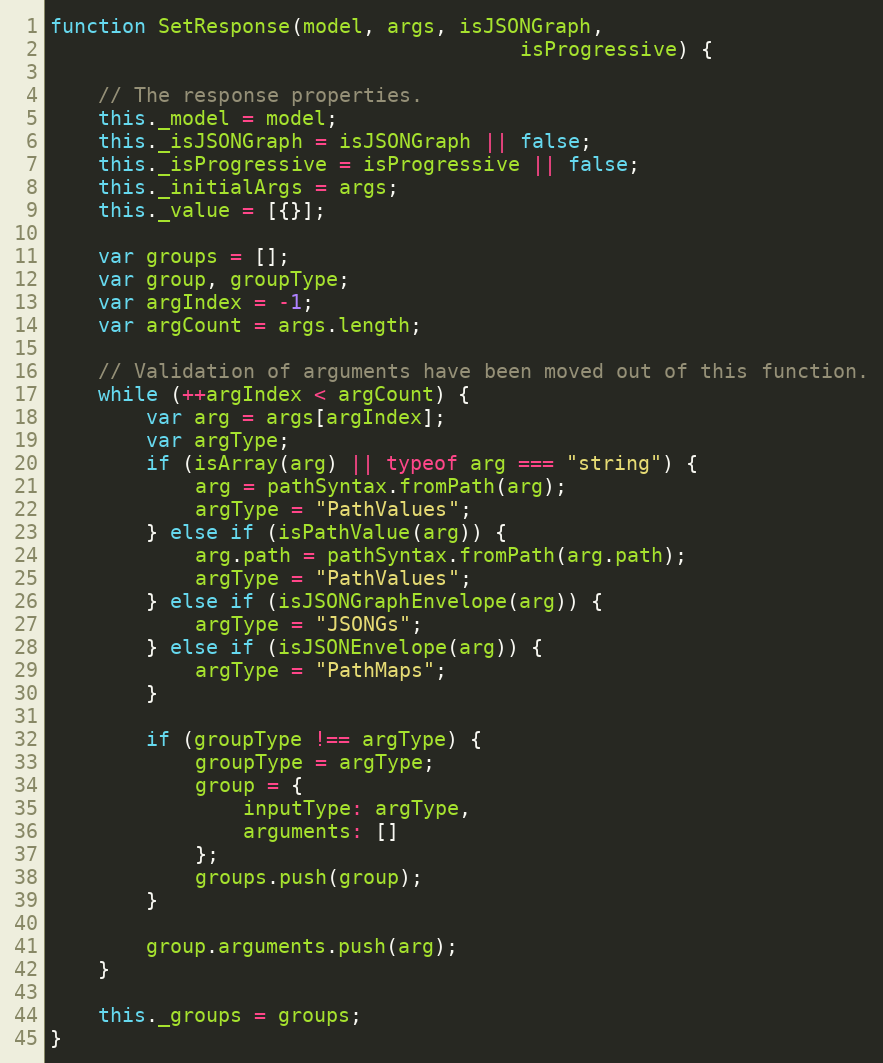
Language: JavaScript
function SetResponse(model, args, isJSONGraph,
                                       isProgressive) {

    // The response properties.
    this._model = model;
    this._isJSONGraph = isJSONGraph || false;
    this._isProgressive = isProgressive || false;
    this._initialArgs = args;
    this._value = [{}];

    var groups = [];
    var group, groupType;
    var argIndex = -1;
    var argCount = args.length;

    // Validation of arguments have been moved out of this function.
    while (++argIndex < argCount) {
        var arg = args[argIndex];
        var argType;
        if (isArray(arg) || typeof arg === "string") {
            arg = pathSyntax.fromPath(arg);
            argType = "PathValues";
        } else if (isPathValue(arg)) {
            arg.path = pathSyntax.fromPath(arg.path);
            argType = "PathValues";
        } else if (isJSONGraphEnvelope(arg)) {
            argType = "JSONGs";
        } else if (isJSONEnvelope(arg)) {
            argType = "PathMaps";
        }

        if (groupType !== argType) {
            groupType = argType;
            group = {
                inputType: argType,
                arguments: []
            };
            groups.push(group);
        }

        group.arguments.push(arg);
    }

    this._groups = groups;
}